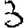
Digit: 3